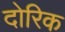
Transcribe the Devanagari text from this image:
दोरिक